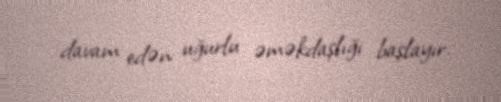
davam edən uğurlu əməkdaşlığı başlayır.